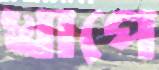
খাপে